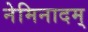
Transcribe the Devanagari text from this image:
नेमिनादम्